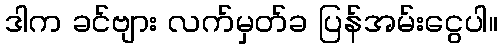
ဒါက ခင်ဗျား လက်မှတ်ခ ပြန်အမ်းငွေပါ။